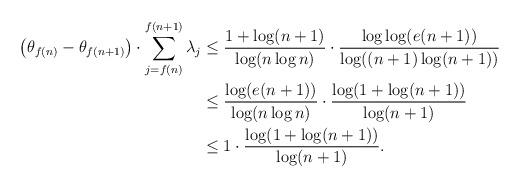
LaTeX: \begin{align*} \left(\theta_{f(n)}-\theta_{f(n+1)}\right)\cdot\sum_{j=f(n)}^{f(n+1)}\lambda_j&\le\frac{1+\log(n+1)}{\log(n\log n)}\cdot\frac{\log\log(e(n+1))}{\log((n+1)\log(n+1))}\\ &\le\frac{\log(e(n+1))}{\log(n\log n)}\cdot\frac{\log(1+\log(n+1))}{\log(n+1)}\\ &\le 1\cdot\frac{\log(1+\log(n+1))}{\log(n+1)}. \end{align*}